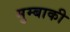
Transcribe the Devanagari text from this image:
मुम्बाकी